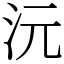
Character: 沅